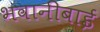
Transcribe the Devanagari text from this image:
भवानीबाई